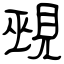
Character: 覡